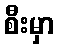
စီးမှာ